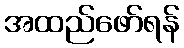
အထည်ဖော်ရန်